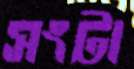
সংটা